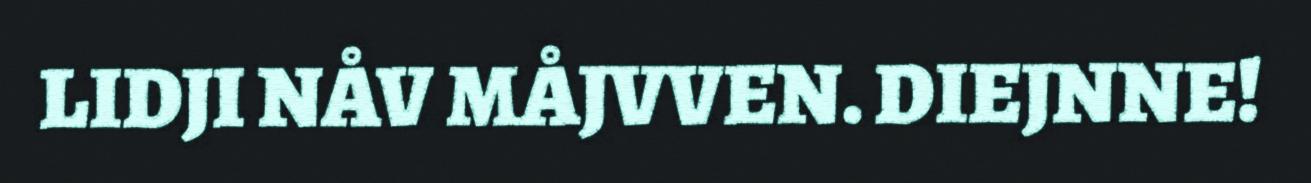
LIDJI NÅV MÅJVVEN. DIEJNNE!